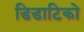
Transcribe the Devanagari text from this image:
डिडाटिको